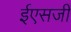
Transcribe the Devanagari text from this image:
ईएसजी